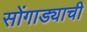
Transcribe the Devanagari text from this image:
सोंगाड्याची